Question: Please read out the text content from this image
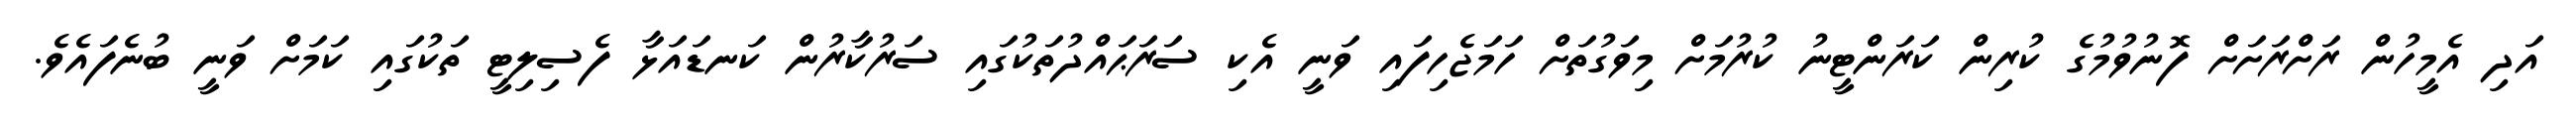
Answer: އަދި އެމީހުން ރަށްރަށަށް ފޮނުވުމުގެ ކުރިން ކަރަންޓީނު ކުރުމަށް މިވަގުތަށް ހަމަޖެހިފައި ވަނީ އެކި ސަރަޙައްދުތަކުގައި ސަރުކާރުން ކަނޑައަޅާ ފެސިލިޓީ ތަކުގައި ކަމަށް ވަނީ ބުނެފައެވެ.